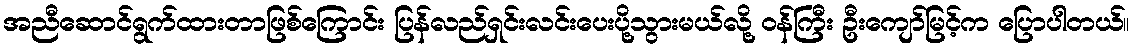
အညီဆောင်ရွက်ထားတာဖြစ်ကြောင်း ပြန်လည်ရှင်းလင်းပေးပို့သွားမယ်လို့ ဝန်ကြီး ဦးကျော်မြင့်က ပြောပါတယ်။